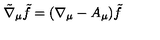
\tilde { \nabla } _ { \mu } \tilde { f } = ( \nabla _ { \mu } - A _ { \mu } ) \tilde { f }